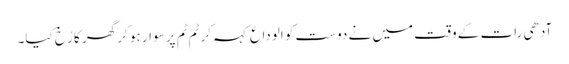
آدھی رات کے وقت میں نے دوست کو الوداع کہہ کر ٹم ٹم پر سوار ہو کر گھر کا رُخ کیا۔